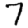
Digit: 7